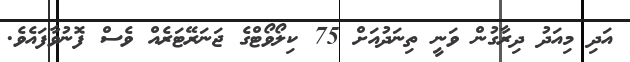
އަދި މިއަދު ދިރާގުން ވަނީ ތިނަދުއަށް 75 ކިލޯވޯޓްގެ ޖަނަރޭޓަރެއް ވެސް ފޮނުވާފައެވެ.